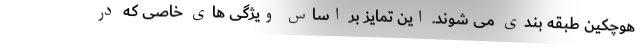
هوچکین طبقه بندی می شوند. این تمایز بر اساس ویژگی های خاصی که در